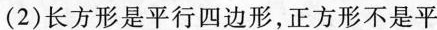
( 2 )长方形是平行四边形，正方形不是平